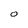
Character: O